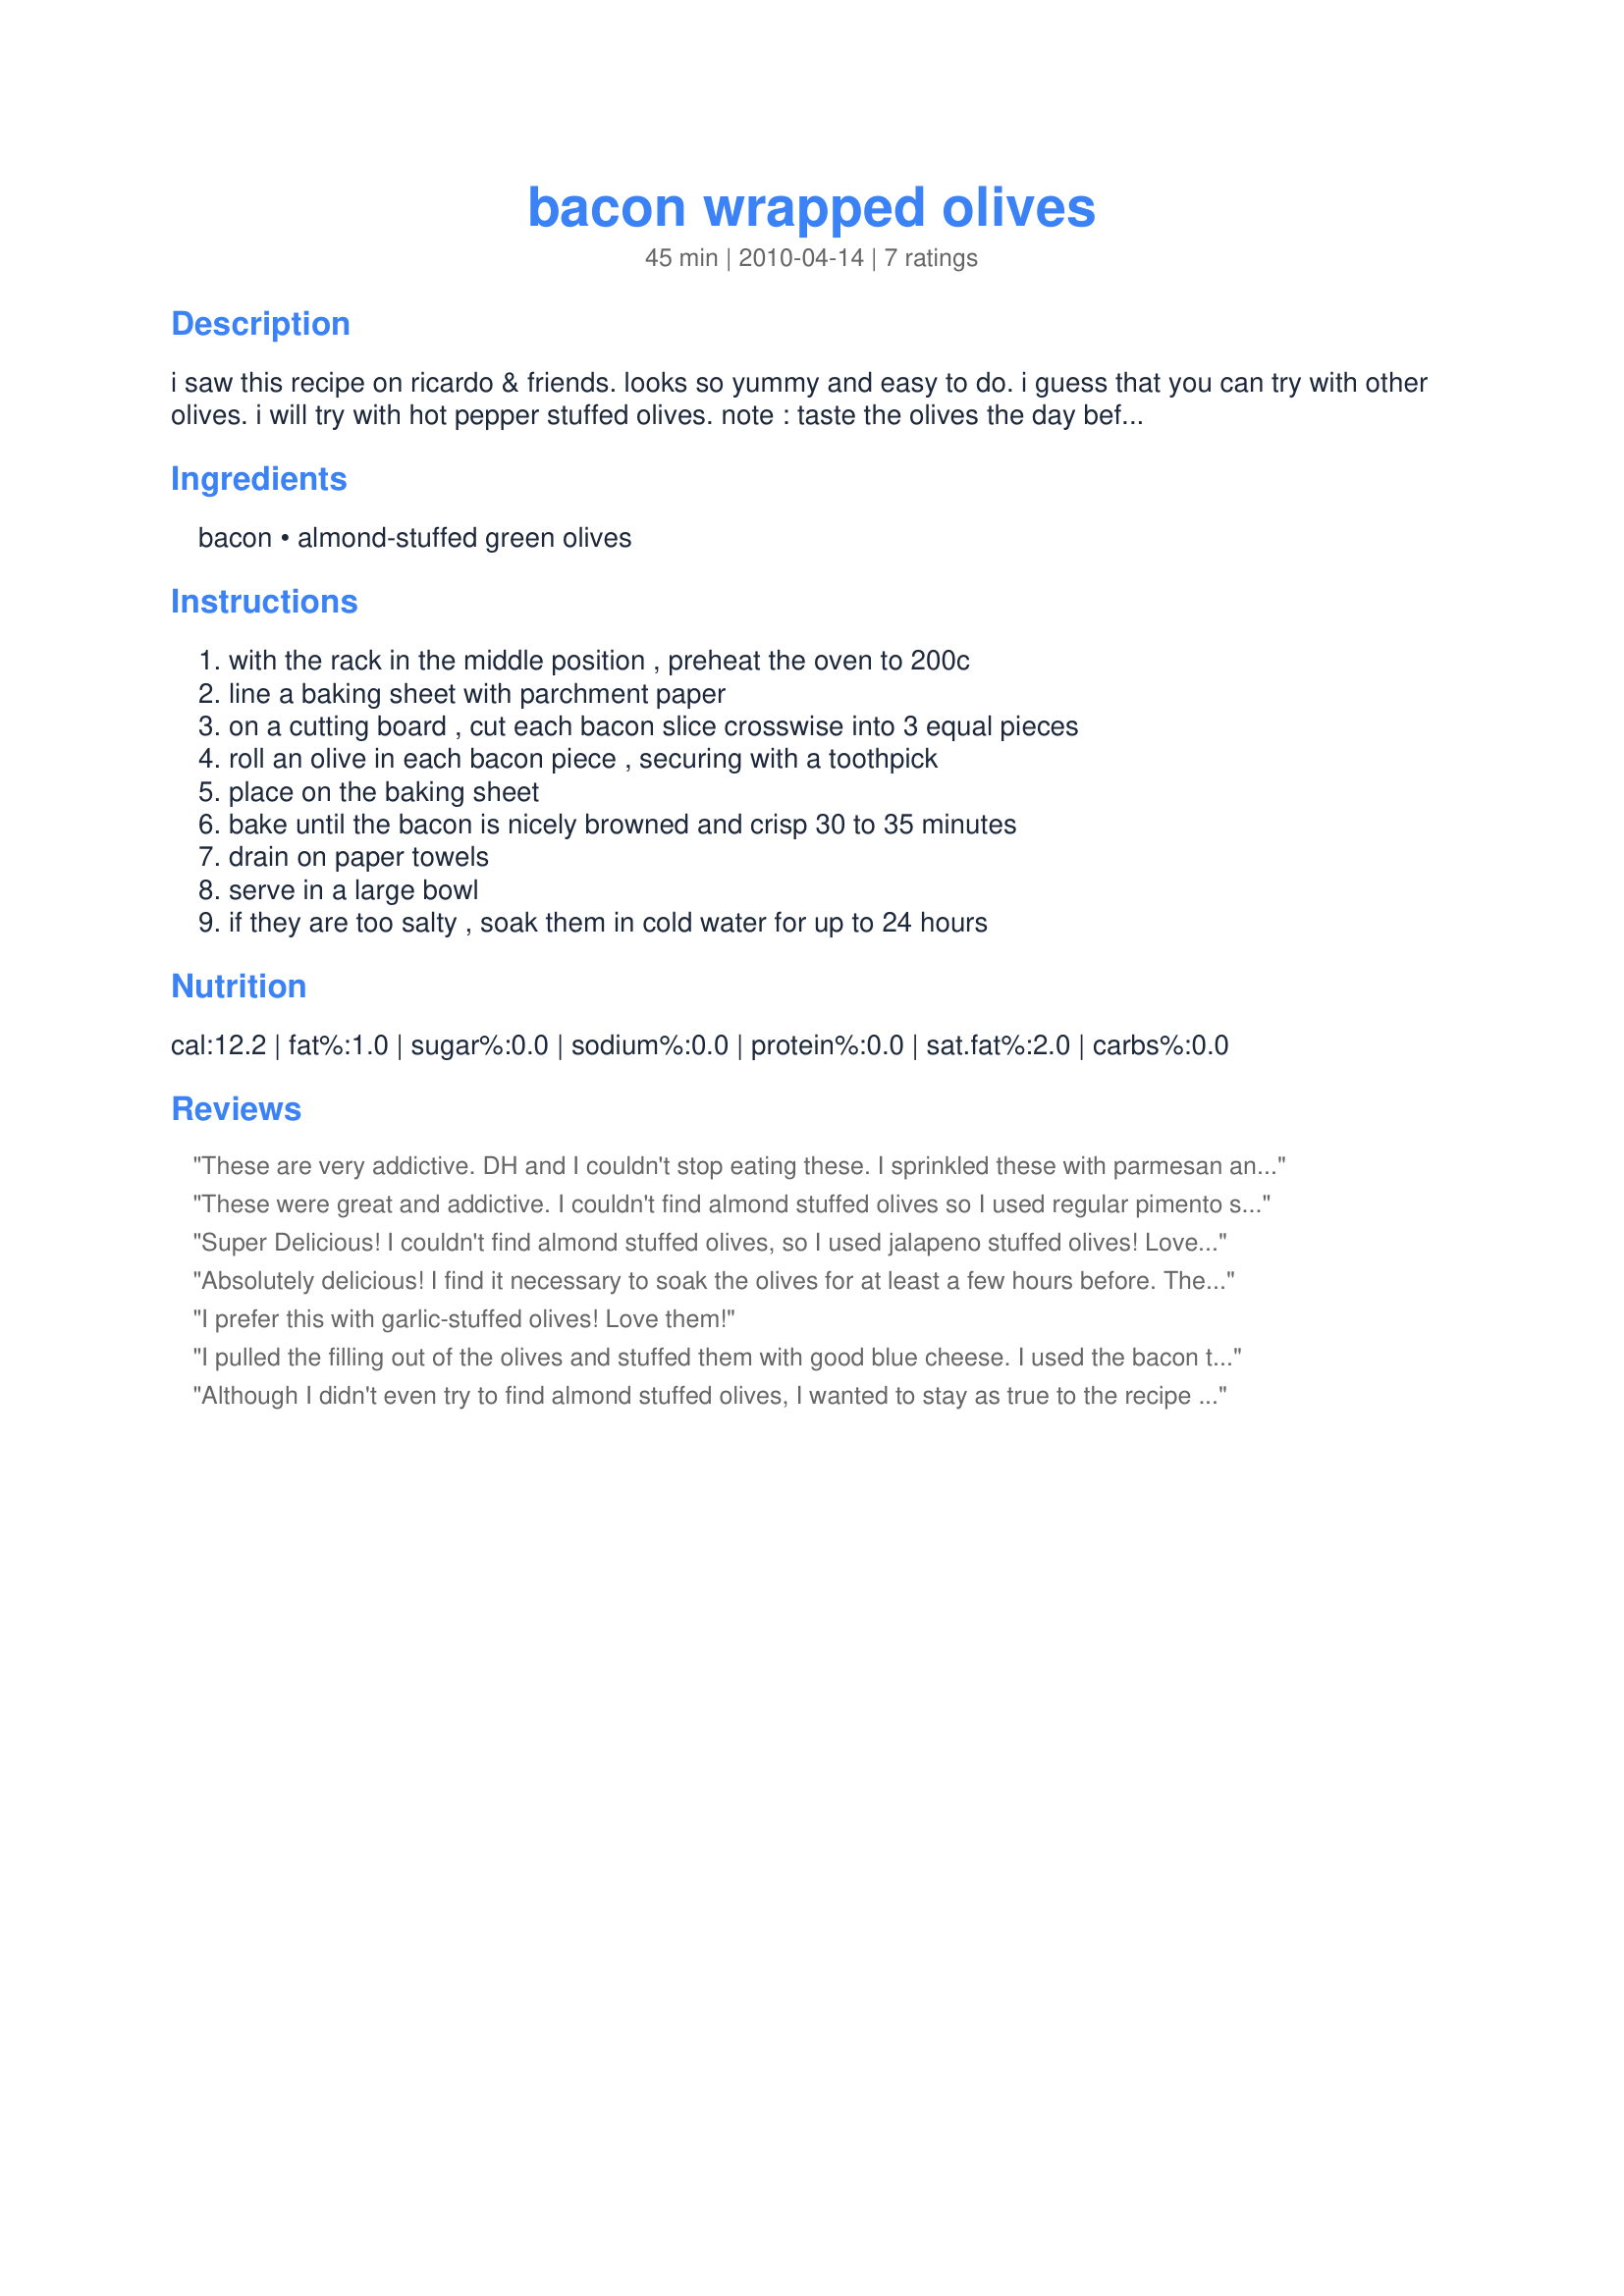
bacon wrapped olives
Preparation time: 45 minutes

i saw this recipe on ricardo & friends. looks so yummy and easy to do. i guess that you can try with other olives. i will try with hot pepper stuffed olives. note : taste the olives the day before making the recipe. if they are too salty, soak them in cold water for up to 24 hours.

Ingredients:
bacon, almond-stuffed green olives

Steps:
with the rack in the middle position , preheat the oven to 200c, line a baking sheet with parchment paper, on a cutting board , cut each bacon slice crosswise into 3 equal pieces, roll an olive in each bacon piece , securing with a toothpick, place on the baking sheet, bake until the bacon is nicely browned and crisp 30 to 35 minutes, drain on paper towels, serve in a large bowl, if they are too salty , soak them in cold water for up to 24 hours

Reviews:
These are very addictive. DH and I couldn't stop eating these. I sprinkled these with parmesan and oregano, just because bacon and olives remind me of pizza, so why not spice them up pizza style and it pretties them up a bit.
Thanks for sharing Boomette.
These were great and addictive. I couldn't find almond stuffed olives so I used regular pimento stuffed olives. I should have soaked them, but I didn't want to wait, so they were too salty. That was my fault. I can't wait to take these somewhere. Yum.
Super Delicious! I couldn't find almond stuffed olives, so I used jalapeno stuffed olives! Love spice, so I thought I'd enjoy these! Wonderful!!! Thanks for sharing.
Absolutely delicious! I find it necessary to soak the olives for at least a few hours before. The salt seems to dominate otherwise.
I prefer this with garlic-stuffed olives! Love them!
I pulled the filling out of the olives and stuffed them with good blue cheese. I used the bacon to cover the holes and keep the cheese contained. Turned out fantastic, I think I’ll try the next batch finishing with a honey glaze
Although I didn't even try to find almond stuffed olives, I wanted to stay as true to the recipe as I could, so I toasted some almonds, soaked the olives overnight in cold water, & then stuffed them before wrapping them with the bacon! All for some great little tasties! Will be doing these again, for sure! Thanks for sharing the recipe! [Made & reviewed in 1-2-3 Hits]
